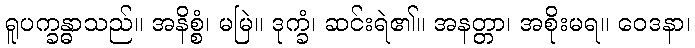
ရူပက္ခန္ဓာသည်။ အနိစ္စံ၊ မမြဲ။ ဒုက္ခံ၊ ဆင်းရဲ၏။ အနတ္တာ၊ အစိုးမရ။ ဝေဒနာ၊